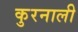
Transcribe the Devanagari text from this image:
कुरनाली